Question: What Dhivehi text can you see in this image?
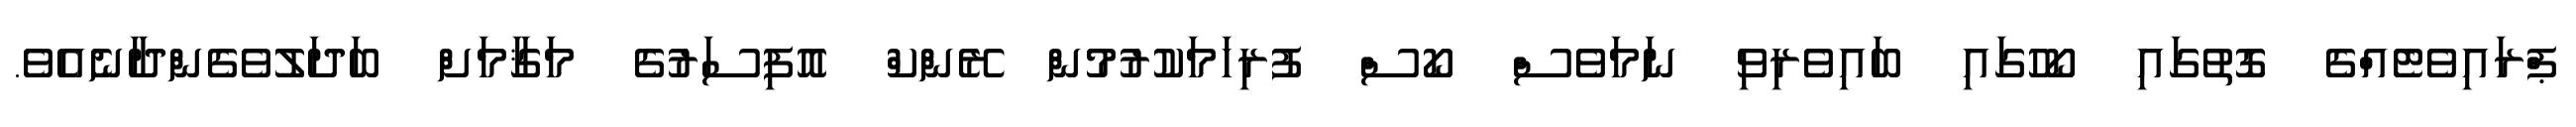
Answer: ޕްރައިވެޓެއްގެ ގޮތުގައި ކޯހުގައި ބައިވެރިވި ނަމަވެސް ކޯސް ފުރިހަމަކުރުމުން ރޭންކް އޮފިސަރުގެ މަޤާމަށް ބަދަލުވެގެންދާނެއެވެ.